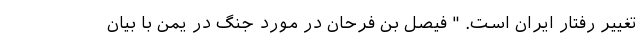
تغییر رفتار ایران است. " فیصل بن فرحان در مورد جنگ در یمن با بیان